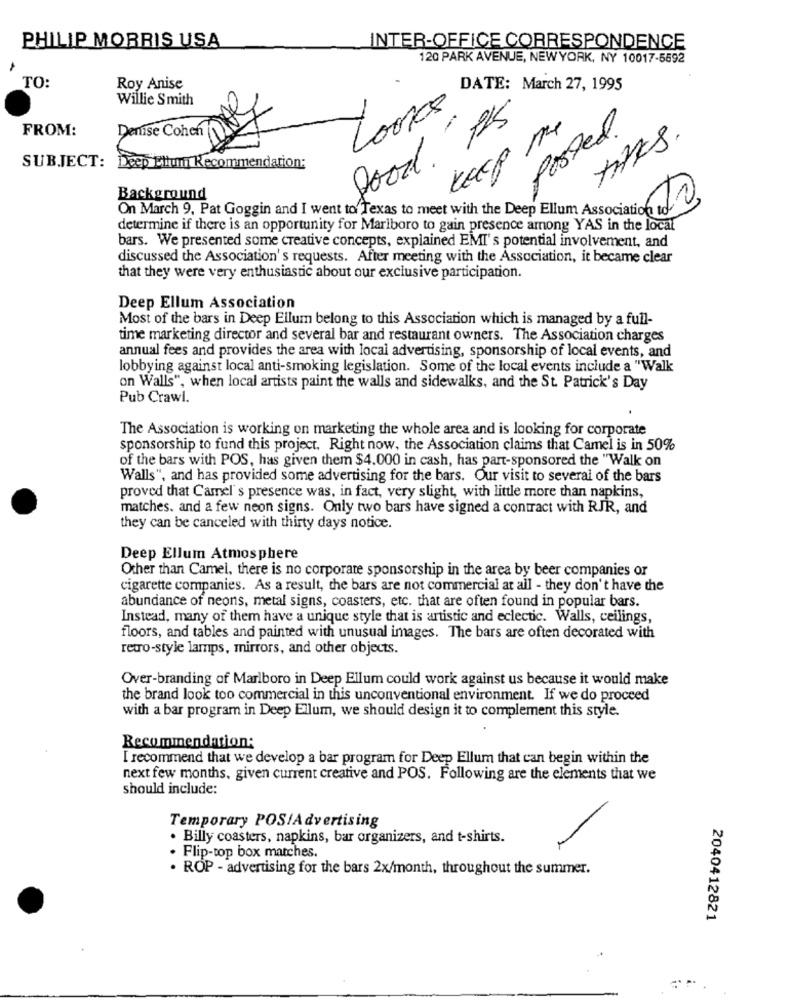
PHILIP MORRIS USA
INTER-OFFICE CORRESPONDENCE
120 PARK AVENUE, NEWYORK, NY 10017-5592
TO:
Roy Anise
DATE: March 27, 1995
Willie Smith
Looks
good. its
FROM:
Posted.
Denise Cohen
TAKS.
SUBJECT:
Deep Ellum Recommendation:
Background
On March 9, Pat Goggin and I went to Texas to meet with the Deep Ellum Association to-
determine if there is an opportunity for Marlboro to gain presence among YAS in the local
bars. We presented some creative concepts, explained EMI's potential involvement, and
discussed the Association's requests. After meeting with the Association, it became clear
that they were very enthusiastic about our exclusive participation.
Deep Ellum Association
Most of the bars in Deep Ellum belong to this Association which is managed by a full-
time marketing director and several bar and restaurant owners. The Association charges
annual fees and provides the area with local advertising, sponsorship of local events, and
lobbying against local anti-smoking legislation. Some of the local events include a "Walk
on Walls", when local artists paint the walls and sidewalks, and the St. Patrick's Day
Pub Crawl.
The Association is working on marketing the whole area and is looking for corporate
sponsorship to fund this project. Right now, the Association claims that Camel is in 50%
of the bars with POS, has given them $4.000 in cash, has part-sponsored the "Walk on
Walls", and has provided some advertising for the bars. Our visit to several of the bars
proved that Camel's presence was, in fact, very slight, with little more than napkins,
matches. and a few neon signs. Only two bars have signed a contract with RJR, and
they can be canceled with thirty days notice.
Deep Ellum Atmosphere
Other than Camel, there is no corporate sponsorship in the area by beer companies or
cigarette companies. As a result, the bars are not commercial at all - they don't have the
abundance of neons, metal signs, coasters, etc. that are often found in popular bars.
Instead, many of them have a unique style that is artistic and eclectic. Walls, ceilings,
floors, and tables and painted with unusual images. The bars are often decorated with
retro-style lamps, mirrors, and other objects.
Over-branding of Marlboro in Deep Ellum could work against us because it would make
the brand look too commercial in this unconventional environment. If we do proceed
with a bar program in Deep Ellum, we should design it to complement this style.
Recommendation:
I recommend that we develop a bar program for Deep Ellum that can begin within the
next few months, given current creative and POS. Following are the elements that we
should include:
Temporary POSIAdvertising
. Billy coasters, napkins, bar organizers, and t-shirts.
. Flip-top box matches.
· ROP - advertising for the bars 2x/month, throughout the summer.
2040412821